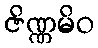
ဇိဏ္ဏမိဝ